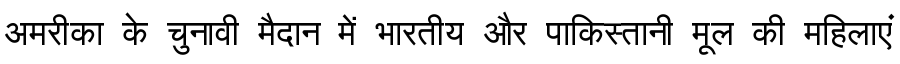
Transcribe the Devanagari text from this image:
अमरीका के चुनावी मैदान में भारतीय और पाकिस्तानी मूल की महिलाएं